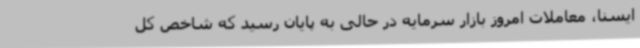
ایسنا، معاملات امروز بازار سرمایه در حالی به پایان رسید که شاخص کل